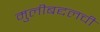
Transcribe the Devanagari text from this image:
मुलीबद्दलची